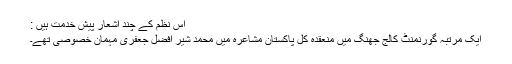
اس نظم کے چند اشعار پیش خدمت ہیں :
ایک مرتبہ گورنمنٹ کالج جھنگ میں منعقدہ کل پاکستان مشاعرہ میں محمد شیر افضل جعفری مہمان خصوصی تھے۔